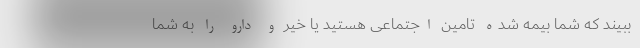
ببیند که شما بیمه شده تامین اجتماعی هستید یا خیر و دارو را به شما